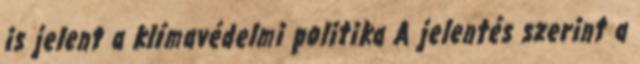
is jelent a klímavédelmi politika A jelentés szerint a